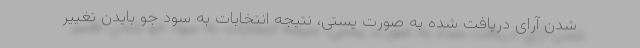
شدن آرای دریافت شده به صورت پستی، نتیجه انتخابات به سود جو بایدن تغییر